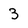
Character: 3